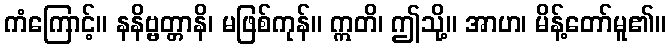
ကံကြောင့်။ နနိဗ္ဗတ္တာနိ၊ မဖြစ်ကုန်။ ဣတိ၊ ဤသို့။ အာဟ၊ မိန့်တော်မူ၏။